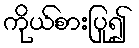
ကိုယ်စားပြု၍